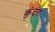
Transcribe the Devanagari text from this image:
कुंदरः